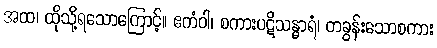
အထ၊ ထိုသို့ရသောကြောင့်။ ဧကံဝါ၊ စကားပဋိသန္ဓာရံ၊ တခွန်းသောစကား